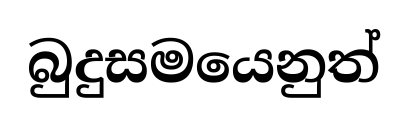
බුදුසමයෙනුත්